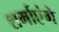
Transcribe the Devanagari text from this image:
शर्माएंगे